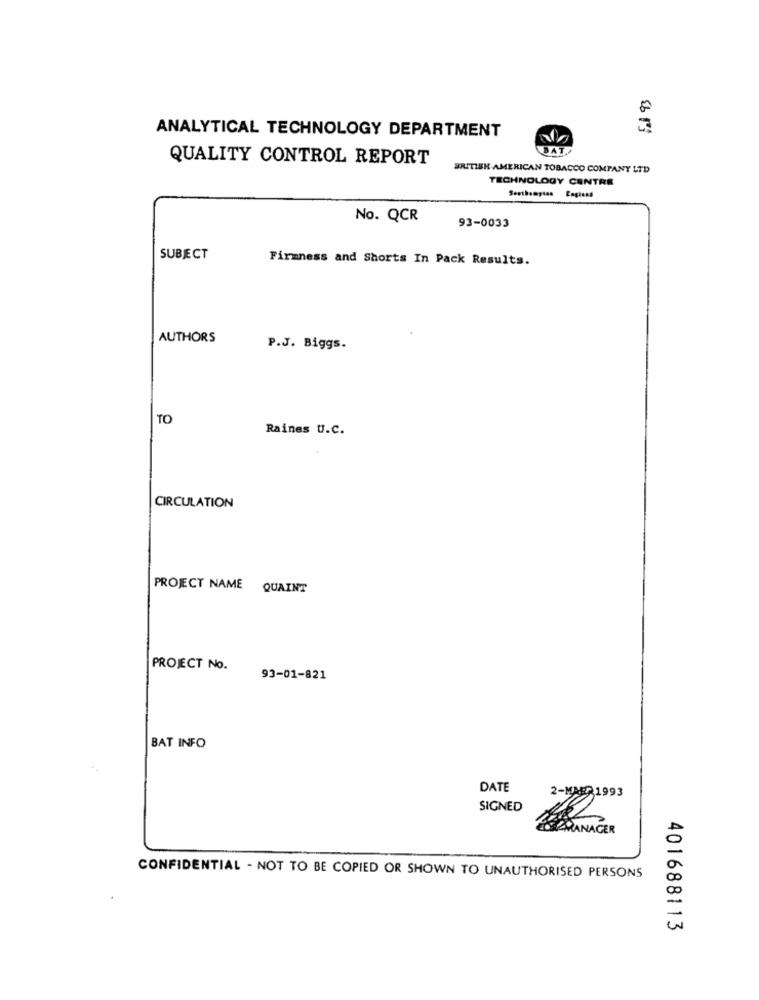
ANALYTICAL TECHNOLOGY DEPARTMENT
QUALITY CONTROL REPORT
BRITISH AMERICAN TOBACCO COMPANY LTD
TECHNOLOGY CENTRE
No. QCR
93-0033
SUBJECT
Firmness and Shorts In Pack Results.
AUTHORS
P.J. Biggs.
TO
Raines U.C.
CIRCULATION
PROJECT NAME
QUAINT
PROJECT No.
93-01-821
BAT INFO
..
DATE
SIGNED
MANAGER
CONFIDENTIAL - NOT TO BE COPIED OR SHOWN TO UNAUTHORISED PERSONS
401688113